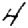
Digit: 4